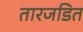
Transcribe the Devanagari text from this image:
तारजडित